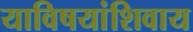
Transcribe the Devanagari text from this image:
याविषयांशिवाय